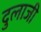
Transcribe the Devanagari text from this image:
दुलाजी